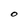
Character: O